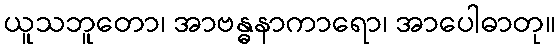
ယူသဘူတော၊ အာဗန္ဓနာကာရော၊ အာပေါဓာတု။